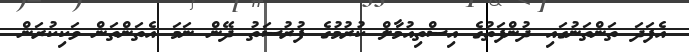
އެފަދަ ތަންތަނުގައި ދުންފަތުގެ އިސްތިއުމާލް ކުރުމުގެ ފުރުސަތު ދޭން ނަމަ އެތަންތަން ވަކިކުރަން